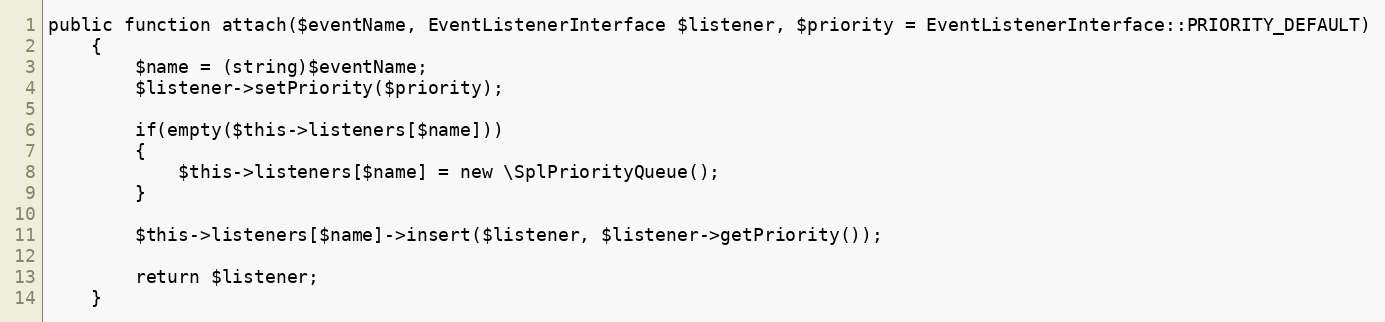
Language: PHP
public function attach($eventName, EventListenerInterface $listener, $priority = EventListenerInterface::PRIORITY_DEFAULT)
	{
		$name = (string)$eventName;
		$listener->setPriority($priority);

		if(empty($this->listeners[$name]))
		{
			$this->listeners[$name] = new \SplPriorityQueue();
		}

		$this->listeners[$name]->insert($listener, $listener->getPriority());

		return $listener;
	}